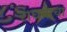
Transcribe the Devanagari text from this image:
राघवाचा